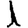
Digit: 1